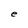
Character: a